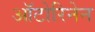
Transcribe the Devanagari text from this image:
ऑटोरिनेन